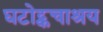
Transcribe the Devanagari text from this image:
घटोट्कचाश्रय